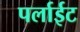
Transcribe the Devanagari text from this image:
पर्लाईट